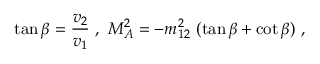
\tan \beta = \frac { v _ { 2 } } { v _ { 1 } } \ , \ M _ { A } ^ { 2 } = - m _ { 1 2 } ^ { 2 } \ ( \tan \beta + \cot \beta ) \ ,